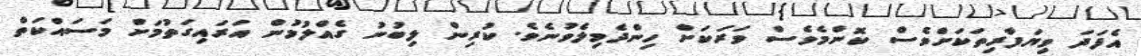
އެފަދަ ވިޔަފާރިތަކަށްވެސް ކޮންމެވެސް ވަރަކަށް ހިންދެމިލެވުނެވެ. ކުރިން ލިބުނު ގެއްލުމުން އަރައިގަތުމަށް މަސައްކަތް